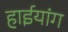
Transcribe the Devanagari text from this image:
हाईयांग